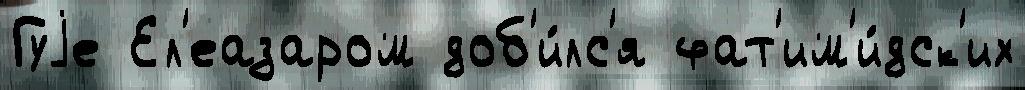
Гуjе Ел'еазаром доб'и́лс'я фат'им'и́дск'их